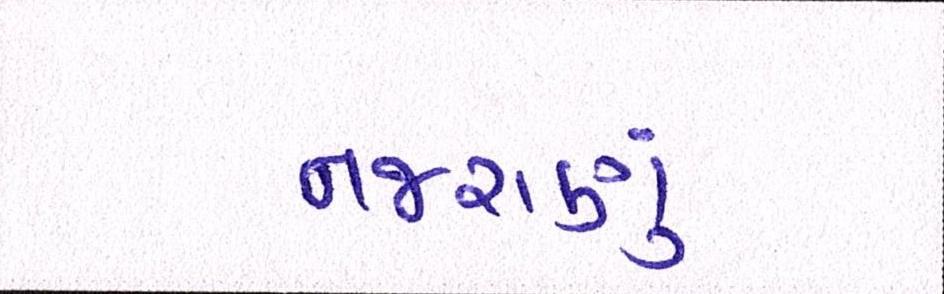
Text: નજરાણું